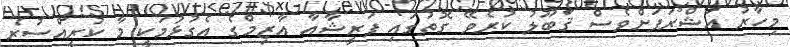
މިހާރު އަޝްރަފަށްވެސް ޤަބޫލު ކުރެވޭ ގޮތުގައި ފަރީޝާއާ އާޒިމްގެ އެގުޅުމަކީ މާ ކުރީއްސުރެ